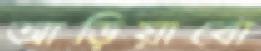
আড়িয়াবো